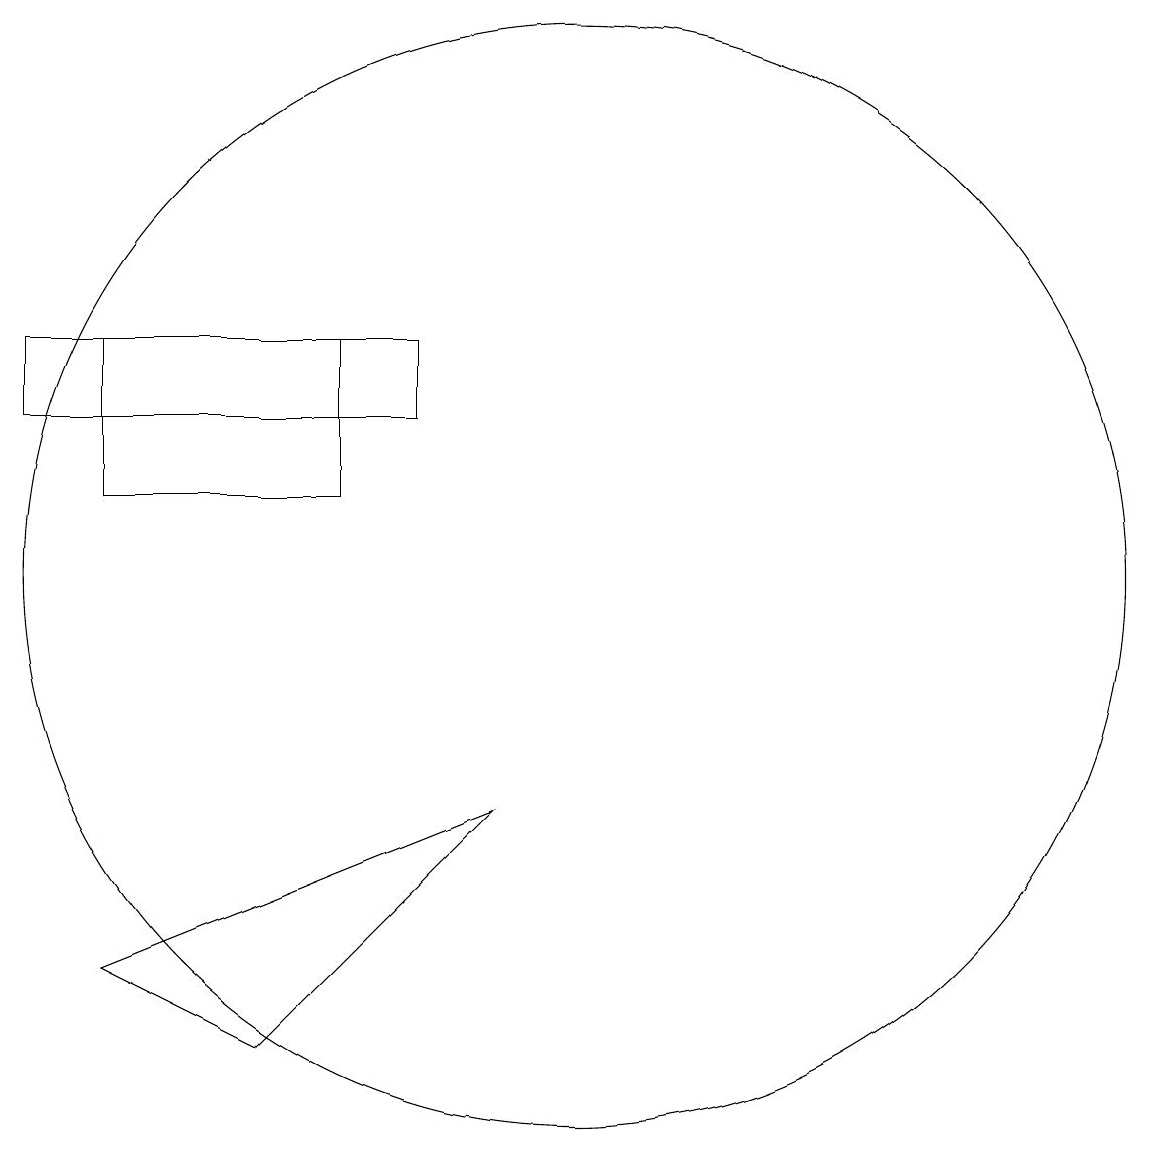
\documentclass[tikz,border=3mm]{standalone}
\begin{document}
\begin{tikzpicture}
\draw (4,12) rectangle (7,14);
\draw (3,13) rectangle (8,14);
\draw (10,11) circle (7);
\draw (6,5) -- (4,6) -- (9,8) -- cycle;
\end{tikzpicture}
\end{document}